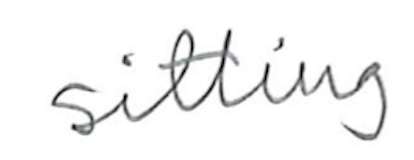
Text: sitting
Cross-out: clean
Writing tool: pencil